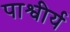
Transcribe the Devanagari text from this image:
पाश्वीर्य